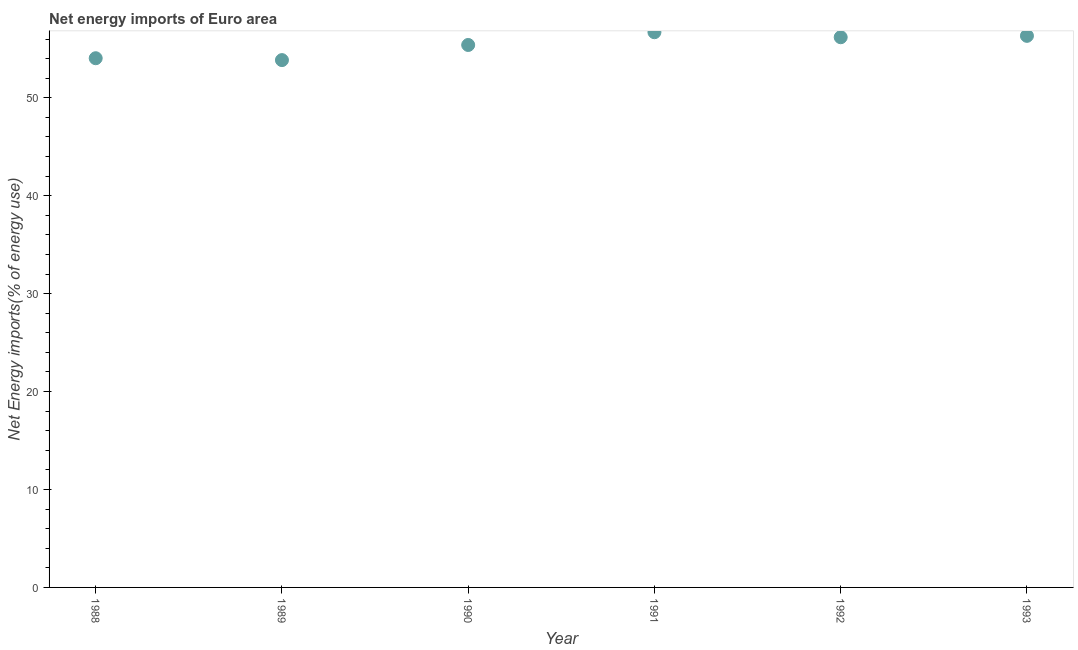
| Year | Energy imports |
 | --- | --- |
 | 1988 | 54 |
 | 1989 | 53.8 |
 | 1990 | 55.4 |
 | 1991 | 56.7 |
 | 1992 | 56.2 |
 | 1993 | 56.3 |